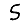
Digit: 5